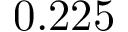
0 . 2 2 5